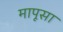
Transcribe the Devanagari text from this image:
मापूसा